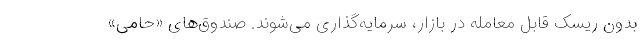
بدون ریسک قابل معامله در بازار، سرمایه‌گذاری می‌شوند. صندوق‌های «حامی»